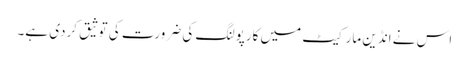
اس نے انڈین مارکیٹ میں کارپولنگ کی ضرورت کی توثیق کردی ہے۔